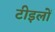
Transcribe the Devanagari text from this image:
टीइलों